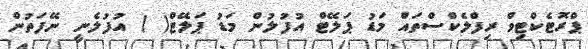
ޕްރޮޓެކްޓިވް ރިފްލެކްސްތައް މަޑު ޕަލޭޓް އުފުލުން މަޑު ޕަލޭޓް( ) އުފުލެނީ ނޭފަތުން